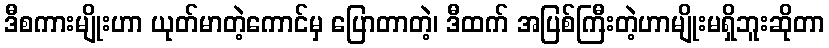
ဒီစကားမျိုးဟာ ယုတ်မာတဲ့ကောင်မှ ပြောတာတဲ့၊ ဒီထက် အပြစ်ကြီးတဲ့ဟာမျိုးမရှိဘူးဆိုတာ